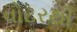
વોટરથી